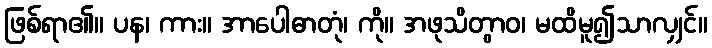
ဖြစ်ရာ၏။ ပန၊ ကား။ အာပေါဓာတုံ၊ ကို။ အဖုသိတွာဝ၊ မထိမူ၍သာလျှင်။